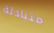
متبادلة